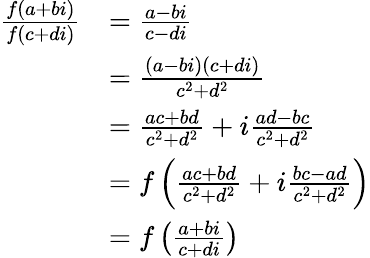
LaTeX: \begin{array}{rl}{\frac{f(a+bi)}{f(c+di)}}&{=\frac{a-bi}{c-di}}\\ &{=\frac{(a-bi)(c+di)}{c^{2}+d^{2}}}\\ &{=\frac{ac+bd}{c^{2}+d^{2}}+i\frac{ad-bc}{c^{2}+d^{2}}}\\ &{=f\left(\frac{ac+bd}{c^{2}+d^{2}}+i\frac{bc-ad}{c^{2}+d^{2}}\right)}\\ &{=f\left(\frac{a+bi}{c+di}\right)}\end{array}